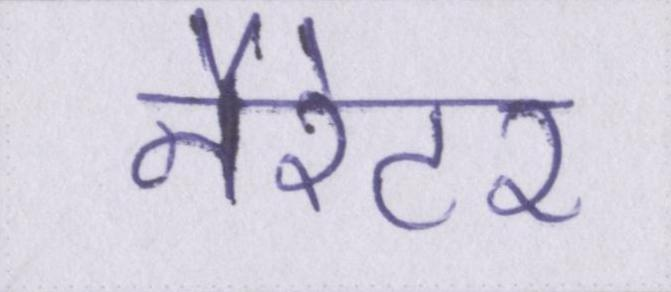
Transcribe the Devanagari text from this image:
नैरेटर